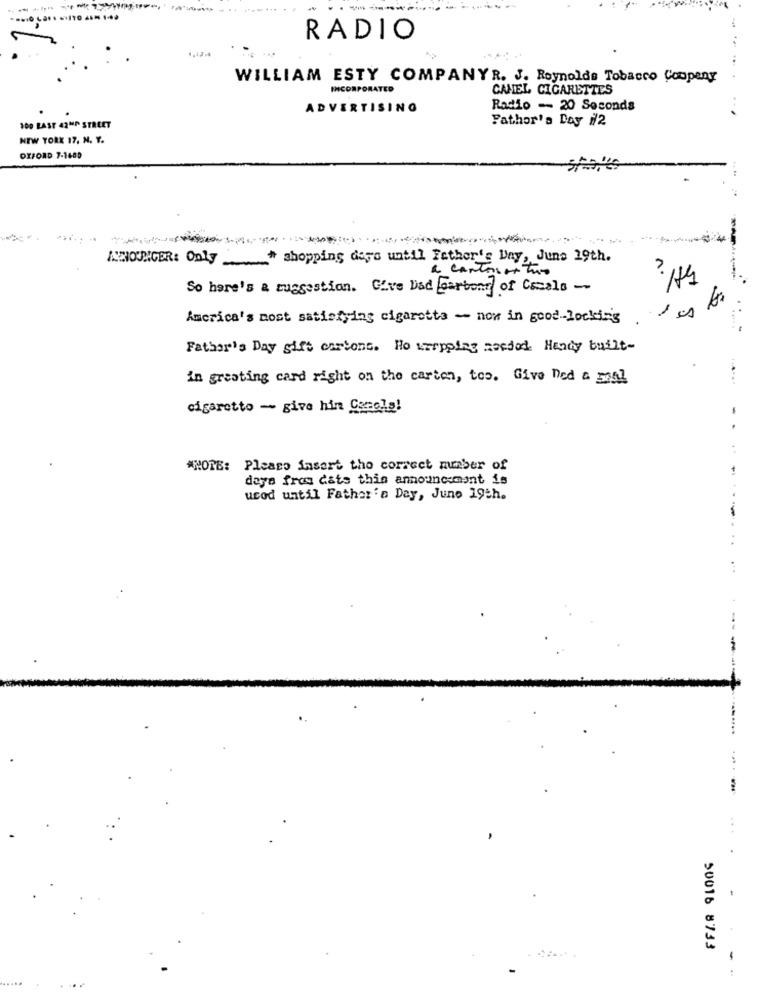
RADIO
WILLIAM ESTY COMPANYR. J. Reynolds Tobacco Coupeny
INCORPORATED
CANEL CIGARETTES
ADVERTISING
Radio - 20 Seconds
Father's Day i/2
100 LAST 42ND STREET
NEW YORK 17, N. Y.
OXFORD 7-1489
ANOURICER: Only __ # shopping days until Father's Day, June 19th.
a cantosontuo
So here's a suggestion. Give bad Garbond of Cscals -
America's most satisfying cigaretts - now in good-locking
Father's Day gift cartons. No krepplas needed. Handy built-
in greeting card right on the cartes, tes. Give ned a mal
cigaretto - give hin Canela!
"NOTE: Please insert the correct number of
days from dats this announcement is
ucod until Father's Day, June 19th.
-
. .
---
..
....
...
50016 8733
--